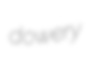
dowery